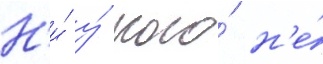
Н'и́ у́ кого́ н'е́